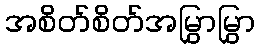
အစိတ်စိတ်အမြွှာမြွှာ